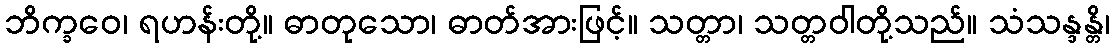
ဘိက္ခဝေ၊ ရဟန်းတို့။ ဓာတုသော၊ ဓာတ်အားဖြင့်။ သတ္တာ၊ သတ္တဝါတို့သည်။ သံသန္ဒန္တိ၊